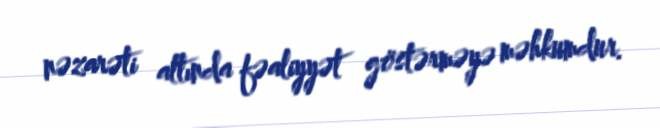
nəzarəti altında fəaliyyət göstərməyə məhkumdur.